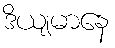
ဒိယျမာနေ